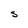
Character: S